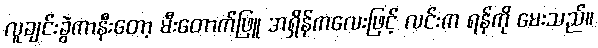
လူချင်းခွဲကာနီးတော့ မီးတောက်ဖြူ အရှိန်ကလေးဖြင့် လင်းက ရန်ကို မေးသည်။